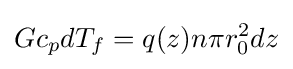
Gc_{p}dT_{f}=q(z)n\pi r_{0}^{2}dz